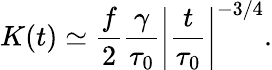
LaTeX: K(t)\simeq\frac{f}{2}\frac{\gamma}{\tau_{0}}\left|\frac{t}{\tau_{0}}\right|^{-3/4}.